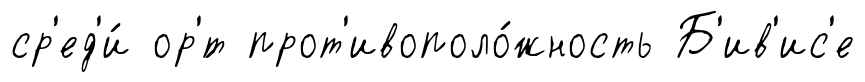
ср'ед'и́ ор'́т прот'ивополо́жность Б'ив'ис'е